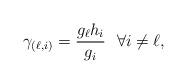
LaTeX: \begin{align*}\gamma_{(\ell,i)}= \frac{g_{\ell}h_i}{g_i}~~\forall i\neq \ell,\end{align*}